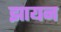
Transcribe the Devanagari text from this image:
झायन